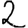
Digit: 2